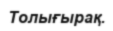
Толығырақ.